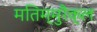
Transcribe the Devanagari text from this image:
मतिम्मुरैक्ल